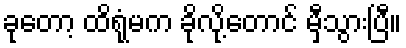
ခုတော့ ထိရုံမက ခိုလို့တောင် မှီသွားပြီ။